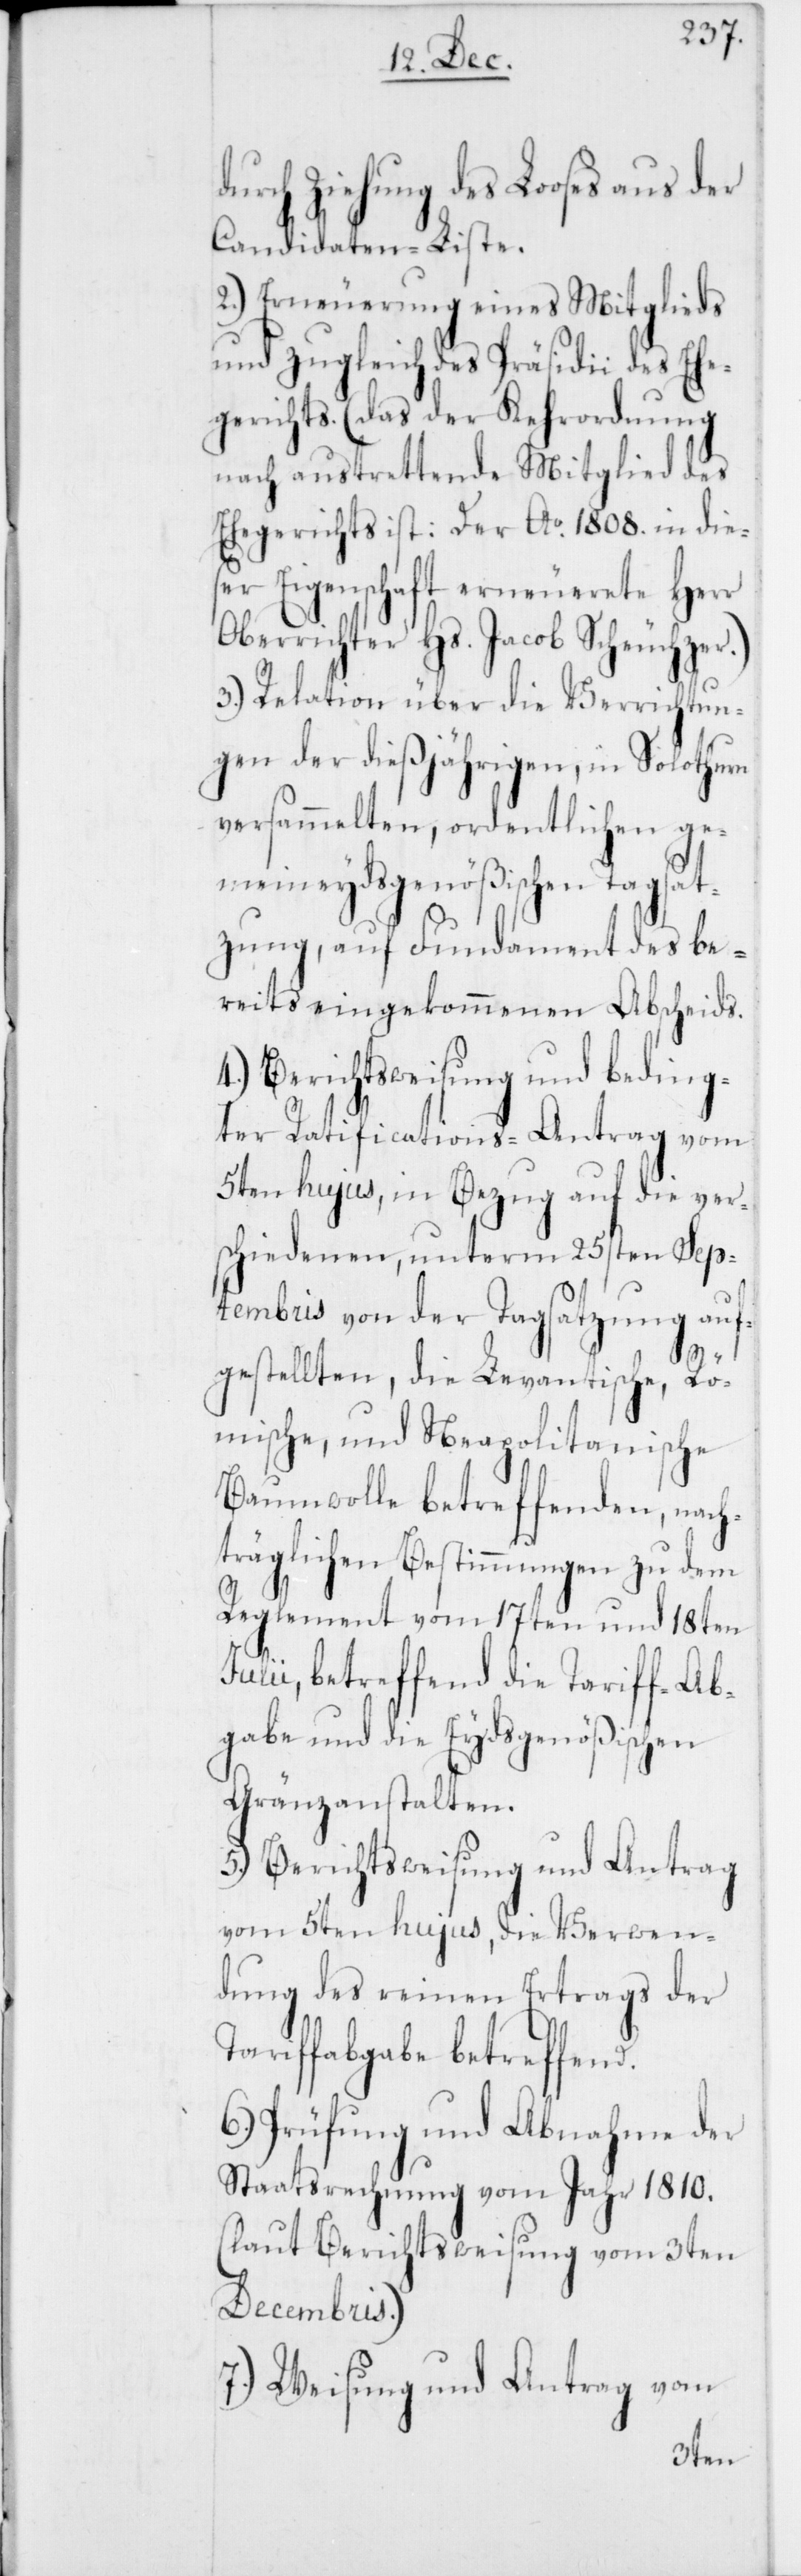
durch Ziehung des Looses aus
Candidaten-Liste.
2.) Erneuerung eines Mitglieds
und zugleich des Präsidii des Ehe¬
gerichts (das der Kehrordnung
nach austrettende Mitglied des
Ehegerichts ist: Der Ao. 1808. in die¬
ser Eigenschaft erneuerete Herr
Oberrichter Hs. Jacob Scheuchzer).
3.) Relation über die Verrichtun¬
gen der dießjährigen, in Solothurn
versammelten, ordentlichen ge¬
meineydsgenößischen Tagsat¬
zung, auf Fundament des be¬
reits eingekommenen Abscheids.
4.) Berichtsweisung und beding¬
ter Ratifications-Antrag vom
5ten hujus, in Bezug auf die ver¬
schiedenen, unterm 25sten Sep¬
tembris von der Tagsatzung auf¬
Ju¬
gestellten, die Levantische, Rö¬
mische und Neapolitanische
Baumwolle betreffenden, nach¬
träglichen Bestimmungen zu dem
Reglement vom 17ten und 18ten
lii, betreffend die Tariff-Ab¬
gabe und die Eydsgenößischen
Gränzanstalten.
5.) Berichtsweisung und Antrag
vom 5ten hujus, die Verwen¬
dung des reinen Ertrags der
Tariffabgabe betreffend.
6.) Prüfung und Abnahme der
Staatsrechnung vom Jahr 1810.
(laut Berichtsweisung vom 3ten
Decembris).
7.) Weisung und Antrag vom